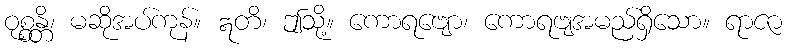
ဝုစ္စန္တိ၊ မဆိုအပ်ကုန်။ ဣတိ၊ ဤသို့။ ကောရဗျော၊ ကောရဗျအမည်ရှိသော။ ရာဇာ